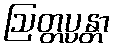
ဩတ္တပ္ပန္တာ